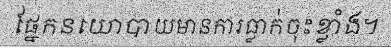
ផ្នែកនយោបាយមានការធ្លាក់ចុះខ្លាំង។